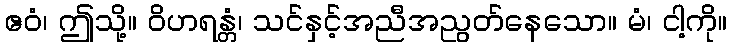
ဧဝံ၊ ဤသို့။ ဝိဟရန္တံ၊ သင်နှင့်အညီအညွတ်နေသော။ မံ၊ ငါ့ကို။